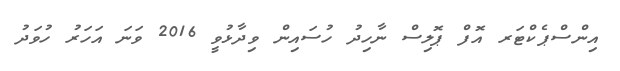
އިންސްޕެކްޓަރ އޮފް ޕޮލިސް ނާހިދު ހުސައިން ވިދާޅުވީ 2016 ވަނަ އަހަރު ހުވަދު